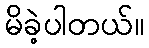
မိခဲ့ပါတယ်။